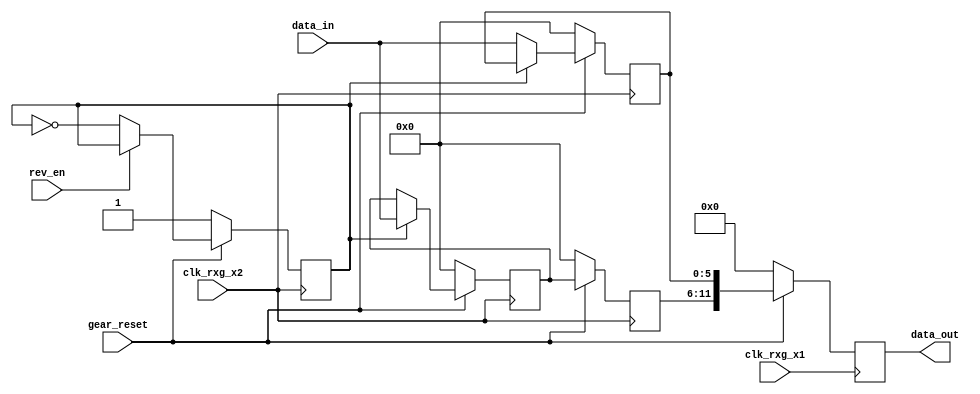
module gearbox_2_to_1(
	clk_rxg_x1, clk_rxg_x2, gear_reset, rev_en,
	data_in,
	data_out
	);
	
	// CLOCK & RESET
	input				clk_rxg_x1;
	input				clk_rxg_x2;
	input				gear_reset;
	input				rev_en;
	
	// DATA
	input	[5:0]		data_in;
	output [11:0]	data_out;

	reg				datain_even;
	         
	reg [5:0]		data_q1;
	reg [5:0]		data_q2;
	reg [11:0]		data_q;
	
	reg [5:0]		data_t1;
	
	assign			data_out	= data_q;
	
	always @(posedge clk_rxg_x2) begin
		if (!gear_reset) begin
			datain_even			<= 1'b1;
			data_t1				<= 6'd0;
			data_q1				<= 6'd0;
			data_q2				<= 6'd0;
		end
		else begin
			
			if (rev_en == 1'b1) begin
				datain_even		<= datain_even;
			end
			else begin
				datain_even			<= ~ datain_even;
			end
			
			if (datain_even == 1'b1) begin
				data_t1			<= data_in;
			end
			else begin
				data_q2			<= data_in;
			end
			
			data_q1				<= data_t1;
			
			
		end
	end
	
	

	always @(posedge clk_rxg_x1) begin
		if (!gear_reset) begin
			data_q				<= 12'd0;
			
		end
		else begin
			data_q				<= {data_q1, data_q2};
		end
	end

endmodule